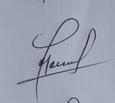
Signature authenticity: genuine